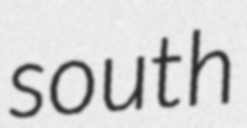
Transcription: south